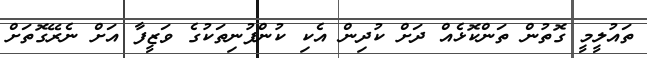
ތައުލީމީ ގޮތުން ތަންކޮޅެއް ދަށް ކުދިން އެކި ކުންފުނިތަކުގެ ވަޒީފާ އަށް ނެރޭގޮތަށް